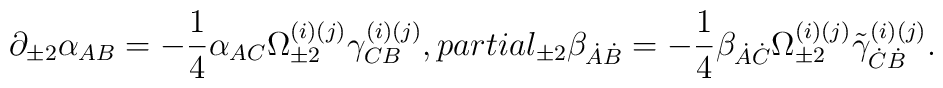
\partial_{\pm2}\alpha_{AB}=-\frac14\alpha_{AC}\Omega^{(i)(j)}_{\pm2}\gamma^{(i)(j)}_{CB},\ \\partial_{\pm2}\beta_{\dot A\dot B}=-\frac14\beta_{\dot A\dot C}\Omega^{(i)(j)}_{\pm2}\tilde \gamma^{(i)(j)}_{\dot C\dot B}.